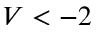
V < - 2